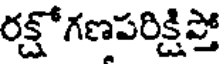
రక్షోగణపరిక్షిప్తో